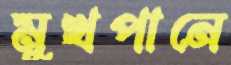
মুখপানে